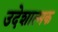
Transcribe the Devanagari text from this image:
उदेशात्मक